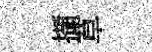
擷草